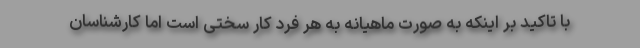
با تاکید بر اینکه به صورت ماهیانه به هر فرد کار سختی است اما کارشناسان